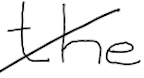
Text: the
Cross-out: diagonal
Writing tool: digital_black